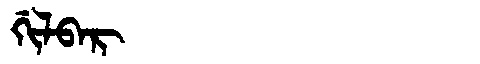
Manchu: ᡤᡳᠯᠪᠠᡵ
Romanization: GILBAR